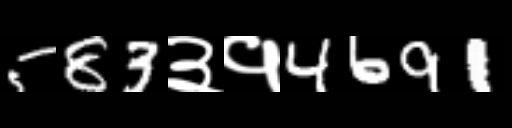
Text: 583३१4691